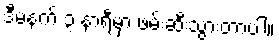
ဒီမနက် ၃ နာရီမှာ ဖမ်းဆီးသွားတာပါ။